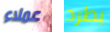
عملاء يطرد